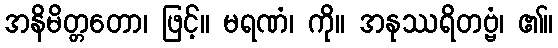
အနိမိတ္တတော၊ ဖြင့်။ မရဏံ၊ ကို။ အနုဿရိတဗ္ဗံ၊ ၏။